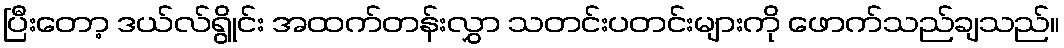
ပြီးတော့ ဒယ်လ်ရွိုင်း အထက်တန်းလွှာ သတင်းပတင်းများကို ဖောက်သည်ချသည်။